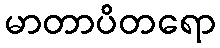
မာတာပိတရော